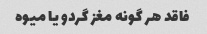
فاقد هر گونه مغز گردو یا میوه